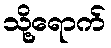
သို့ရောက်